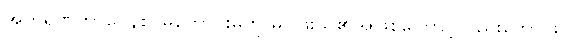
အကရဏဘာဝေနစ၊ မကောင်းမှုကို မပြုဖူးသူ၏အဖြစ်ကြောင့်လည်းကောင်း။